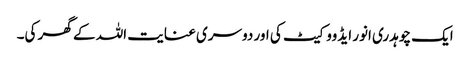
ایک چوہدری انور ایڈووکیٹ کی اور دوسری عنایت اللہ کے گھر کی۔